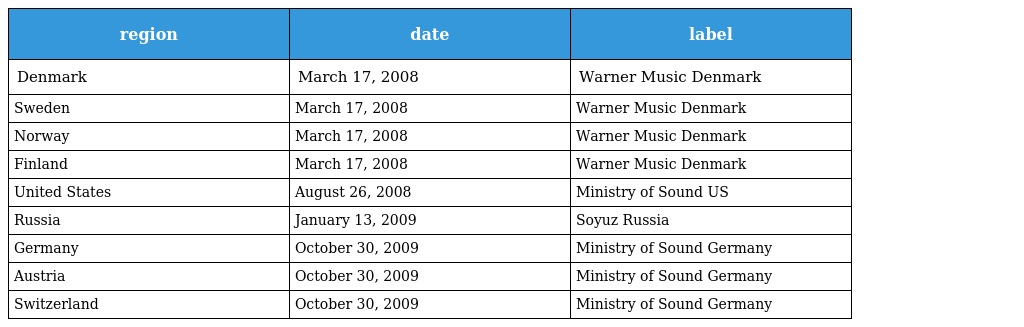
| region | date | label |
 | --- | --- | --- |
 | Denmark | March 17, 2008 | Warner Music Denmark |
 | Sweden | March 17, 2008 | Warner Music Denmark |
 | Norway | March 17, 2008 | Warner Music Denmark |
 | Finland | March 17, 2008 | Warner Music Denmark |
 | United States | August 26, 2008 | Ministry of Sound US |
 | Russia | January 13, 2009 | Soyuz Russia |
 | Germany | October 30, 2009 | Ministry of Sound Germany |
 | Austria | October 30, 2009 | Ministry of Sound Germany |
 | Switzerland | October 30, 2009 | Ministry of Sound Germany |